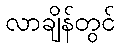
လာချိန်တွင်